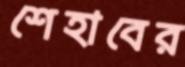
শেহাবের